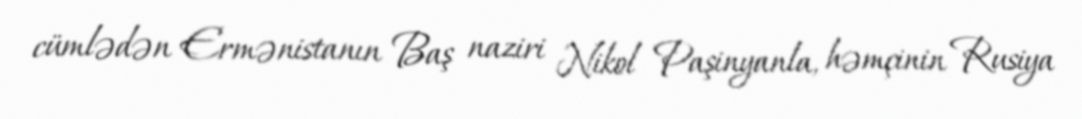
cümlədən Ermənistanın Baş naziri Nikol Paşinyanla, həmçinin Rusiya